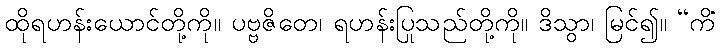
ထိုရဟန်းယောင်တို့ကို။ ပဗ္ဗဇိတေ၊ ရဟန်းပြုသည်တို့ကို။ ဒိသွာ၊ မြင်၍။ “ကိံ